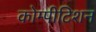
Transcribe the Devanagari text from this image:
कोम्पीटिशन